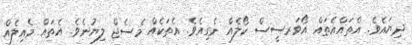
ދިޔައެވެ. އެތައްއެތައް އޯވަރސީސް ކޯލެއް ނެގިއެވެ. އެތަކެއް މެސެޖް ލިޔުނެވެ. އެތައް މެއިލެއް